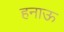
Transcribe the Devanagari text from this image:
हनाऊ